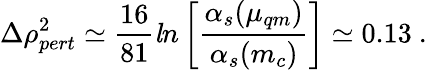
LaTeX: \Delta\rho_{pert}^{2}\simeq\frac{16}{81}{\mathit ln}\left[\frac{\alpha_{s}(\mu_{qm})}{\alpha_{s}(m_{c})}\right]\simeq 0.13~.